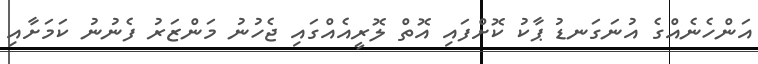
އަންހެނެއްގެ އުނަގަނޑު ޕާކު ކޮށްފައި އޮތް ލޮރީއެއްގައި ޖެހުނު މަންޒަރު ފެނުނު ކަމަށާއި